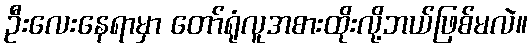
ဦးလေးနေရာမှာ တော်ရုံလူအစားထိုးလို့ဘယ်ဖြစ်မလဲ။